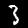
Label: 3